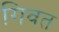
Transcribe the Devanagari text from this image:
गिवत